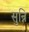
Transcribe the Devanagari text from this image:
सुन्नि